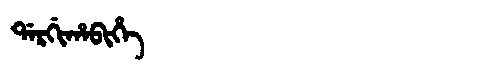
Manchu: ᡩᠠᡵᡤᡳᡥᠠᠪᡳᡥᡝ
Romanization: DARGIHABIHE